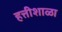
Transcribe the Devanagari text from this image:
हत्तीशाळा